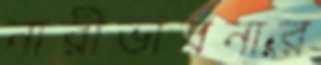
নারীভাবনার